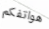
هواتفكم